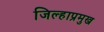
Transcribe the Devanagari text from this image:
जिल्हाप्रमुख